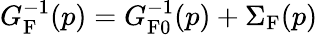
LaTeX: G_{\textrm{F}}^{-1}(p)=G_{\textrm{F}0}^{-1}(p)+\Sigma_{\textrm{F}}(p)